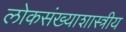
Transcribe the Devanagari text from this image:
लोकसंख्याशास्त्रीय